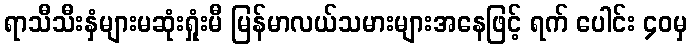
ရာသီသီးနှံများမဆုံးရှုံးမီ မြန်မာလယ်သမားများအနေဖြင့် ရက် ပေါင်း ၄၀မှ